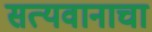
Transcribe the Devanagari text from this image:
सत्यवानाचा